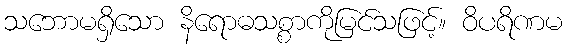
သဘောမရှိသော နိရောဓသစ္စာကိုမြင်သဖြင့်။ ဝိပရိဏမ